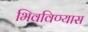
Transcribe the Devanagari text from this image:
भिवविण्यास